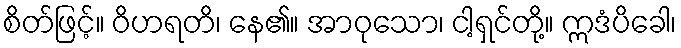
စိတ်ဖြင့်။ ဝိဟရတိ၊ နေ၏။ အာဝုသော၊ ငါ့ရှင်တို့။ ဣဒံပိခေါ၊